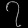
Digit: ၇